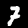
Digit: 7